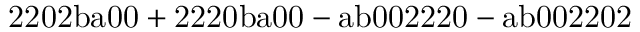
\mathrm { 2 2 0 2 b a 0 0 + 2 2 2 0 b a 0 0 - a b 0 0 2 2 2 0 - a b 0 0 2 2 0 2 }